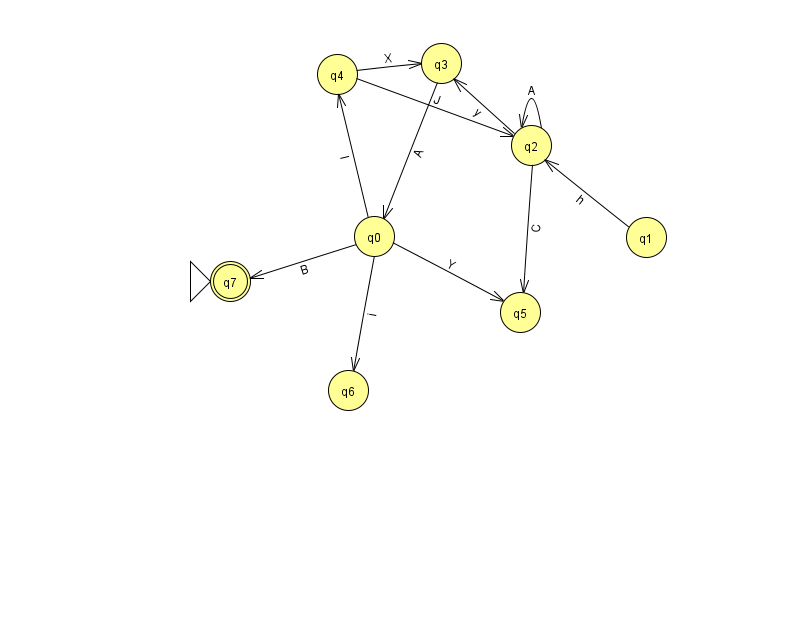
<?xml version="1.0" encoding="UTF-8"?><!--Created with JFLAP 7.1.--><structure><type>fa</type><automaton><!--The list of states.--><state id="0" name="q0"><x>374.0</x><y>223.0</y></state><state id="1" name="q1"><x>646.0</x><y>224.0</y></state><state id="2" name="q2"><x>531.0</x><y>132.0</y></state><state id="3" name="q3"><x>441.0</x><y>50.0</y></state><state id="4" name="q4"><x>337.0</x><y>61.0</y></state><state id="5" name="q5"><x>520.0</x><y>299.0</y></state><state id="6" name="q6"><x>348.0</x><y>377.0</y></state><state id="7" name="q7"><x>230.0</x><y>268.0</y><initial/><final/></state><!--The list of transitions.--><transition><from>0</from><to>5</to><read>Y</read></transition><transition><from>2</from><to>2</to><read>A</read></transition><transition><from>0</from><to>7</to><read>B</read></transition><transition><from>2</from><to>3</to><read>y</read></transition><transition><from>3</from><to>0</to><read>A</read></transition><transition><from>2</from><to>5</to><read>C</read></transition><transition><from>1</from><to>2</to><read>h</read></transition><transition><from>4</from><to>2</to><read>J</read></transition><transition><from>0</from><to>6</to><read>i</read></transition><transition><from>4</from><to>3</to><read>X</read></transition><transition><from>0</from><to>4</to><read>l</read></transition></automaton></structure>